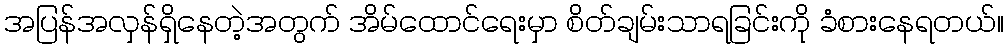
အပြန်အလှန်ရှိနေတဲ့အတွက် အိမ်ထောင်ရေးမှာ စိတ်ချမ်းသာရခြင်းကို ခံစားနေရတယ်။